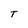
Character: T